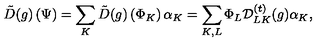
{ \tilde { D } } ( g ) \left( \Psi \right) = \sum _ { K } { \tilde { D } } ( g ) \left( \Phi _ { K } \right) \alpha _ { K } = \sum _ { K , L } \Phi _ { L } { \cal D } _ { L K } ^ { ( t ) } ( g ) \alpha _ { K } ,